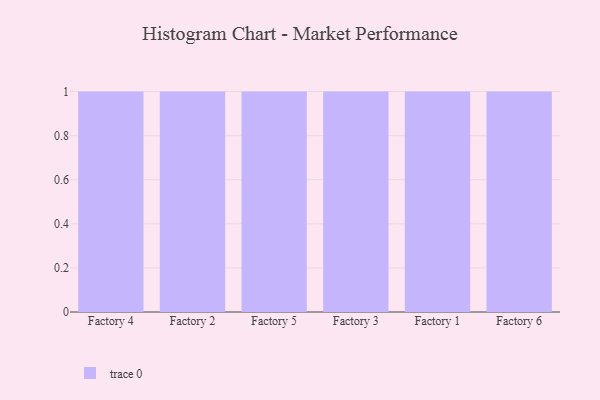
{"axis": {"x": "Factory", "y": "Churn Rate (%)"}, "legend": [""], "data": [{"x": "Factory 4", "y": 32, "type": ""}, {"x": "Factory 2", "y": 54, "type": ""}, {"x": "Factory 5", "y": 5, "type": ""}, {"x": "Factory 3", "y": 12, "type": ""}, {"x": "Factory 1", "y": 54, "type": ""}, {"x": "Factory 6", "y": 84, "type": ""}]}